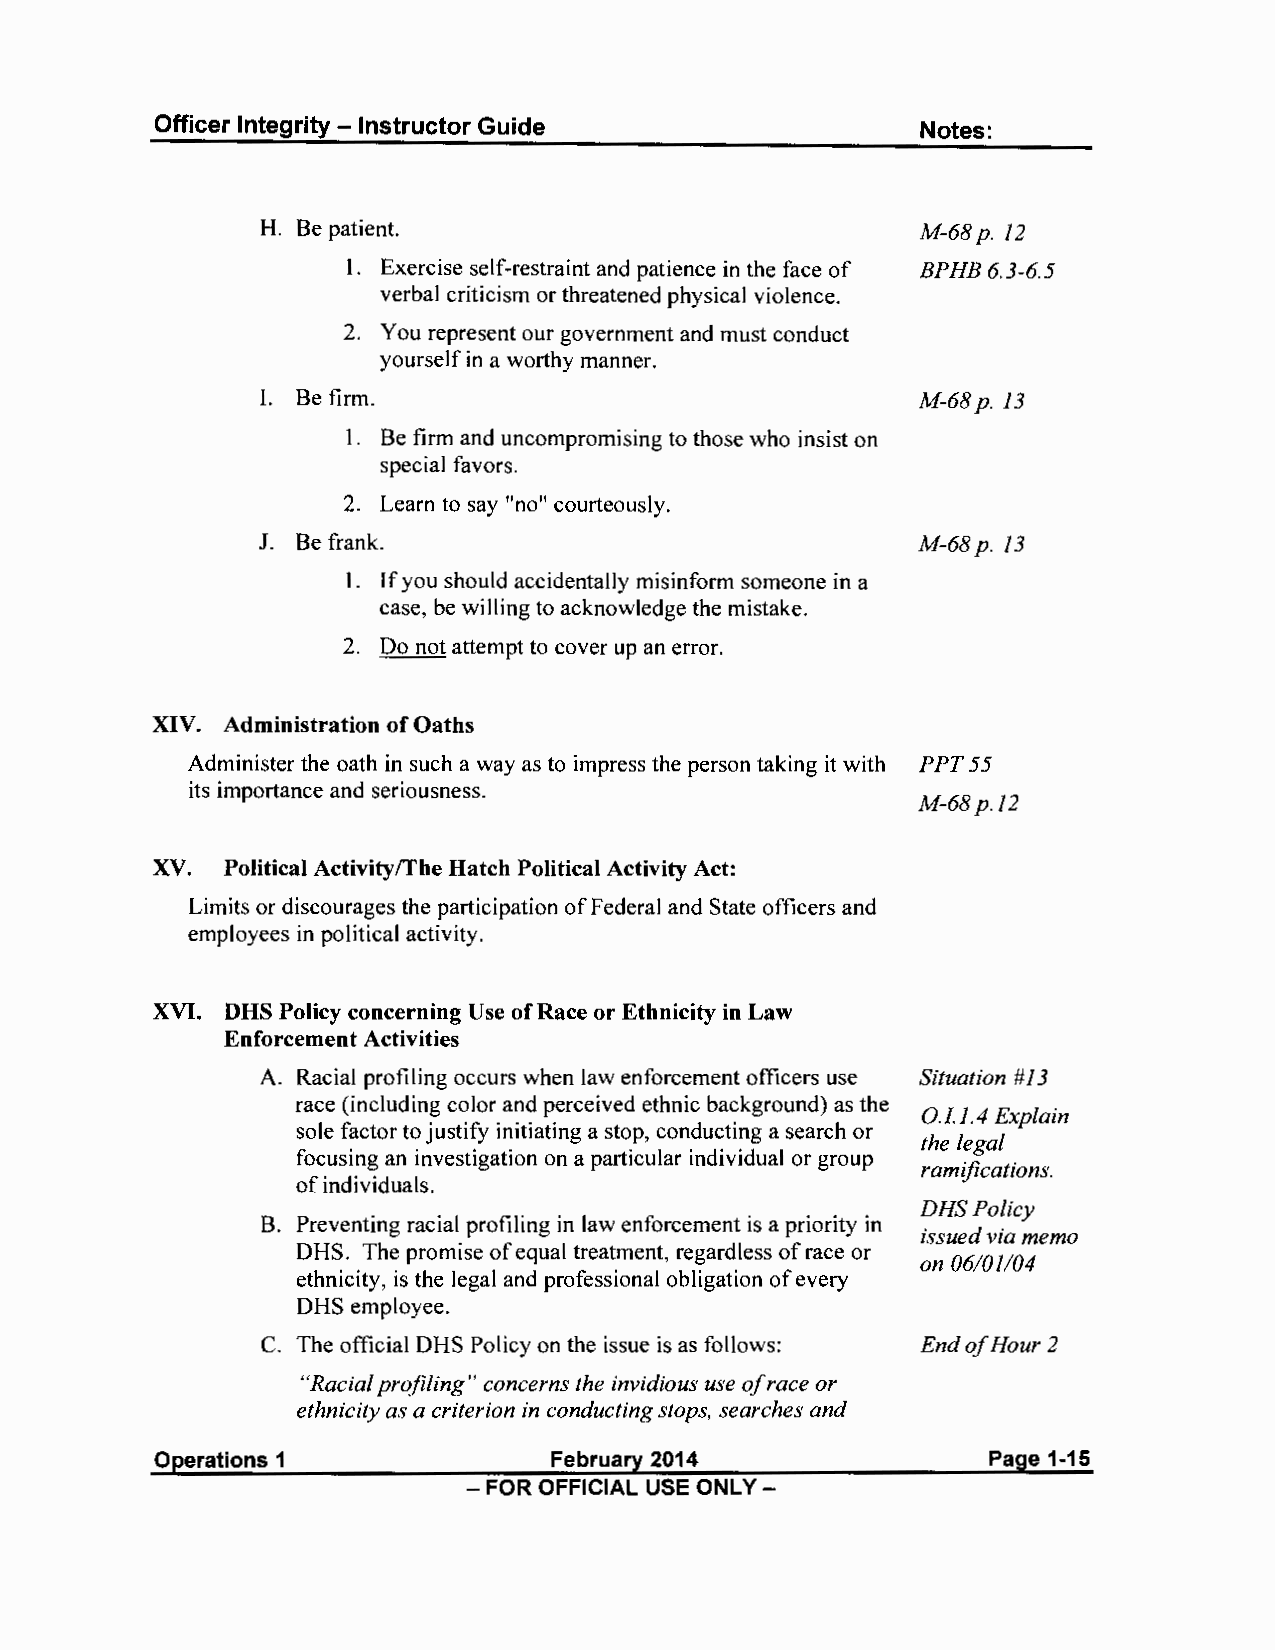
Officer Integrity - Instructor Guide               Notes:
 H. Be patient.                              M-68 p. 12
 I. Exercise self-restraint and patience in the face of BPH B 6. 3-6. 5
 verbal criticism or threatened physical violence.
 2. You represent our government and must conduct
 yourself in a worthy manner.
 I. Be firm.                                 M-68 p. 13
 I. Be firm and uncompromising to those who insist on
 special favors.
 2. Learn to say "no" courteously.
 J. Be frank.                                M-68 p. 13
 I. If you should accidentally misinform someone in a
 case, be willing to acknowledge the mistake.
 2. Do not attempt to cover up an error.
 XIV. Administration of Oaths
 Administer the oath in such a way as to impress the person taking it with PPT55
 its importance and seriousness.
 M-68 p.12
 XV.  Political Activity/The Hatch Political Activity Act:
 Limits or discourages the participation of Federal and State officers and
 employees in political activity.
 XVI. DHS Policy concerning Use of Race or Ethnicity in Law
 Enforcement Activities
 A. Racial profiling occurs when law enforcement officers use Situation # 13
 race (including color and perceived ethnic background) as the
 O.ll.4 Explain
 sole factor to justify initiating a stop, conducting a search or
 the legal
 focusing an investigation on a particular individual or group
 ramifications.
 of individuals.
 DHS Policy
 B. Preventing racial profiling in law enforcement is a priority in
 issued via memo
 OHS. The promise of equal treatment, regardless of race or
 on 06/01/04
 ethnicity, is the legal and professional obligation of every
 OHS employee.
 C. The official OHS Policy on the issue is as follows: EndofHour2
 "Racial profiling" concerns the invidious use ofr ace or
 ethnicity as a criterion in conducting stops, searches and
 Operations 1               February 2014                Page 1-15
 - FOR OFFICIAL USE ONLY -